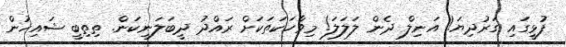
ފުޅީގައި ގަރުދިޔަ! އަނިލް ދެން ލަލަލަ! މިވާހަކަތަކަށް ރައްދު ދީބަލަނިކަން. ތިތިބީ ޝައިޚުން